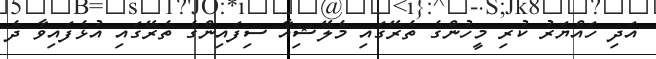
އަދި ހައްޔަރު ކުރި މީހުންގެ ތެރޭގައި މެލޭޝިއާ ސިފައިންގެ ތެރޭގައި އުޅެފައިވާ ދެ